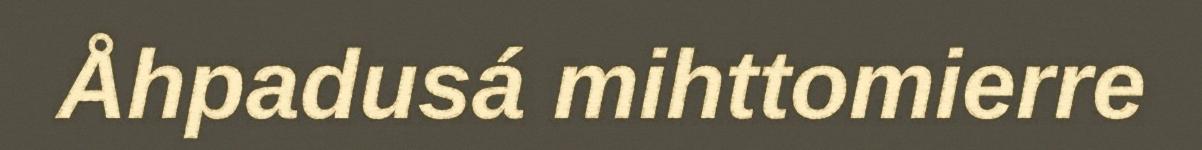
Åhpadusá mihttomierre